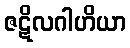
ဇဋိလဂါဟိယာ